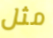
مثل